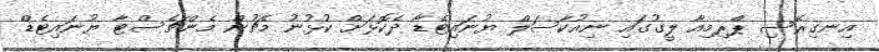
އިނގިރޭސި ޕްރިމިއާ ލީގުގައި ނިއުކާސަލް ޔުނައިޓެޑާ ދެކޮޅަށް ކުޅުނު މެޗުން މެންޗެސްޓާ ޔުނައިޓެޑް